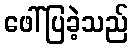
ဖေါ်ပြခဲ့သည်